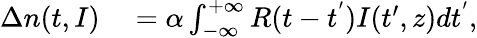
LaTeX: \begin{array}{rl}{\Delta n(t,I)}&{{}=\alpha\int_{-\infty}^{+\infty}R(t-t^{'})I(t^{\prime},z)dt^{'},}\end{array}